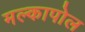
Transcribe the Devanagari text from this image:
मल्कापोल